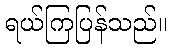
ရယ်ကြပြန်သည်။